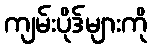
ကျမ်းပိုဒ်များကို